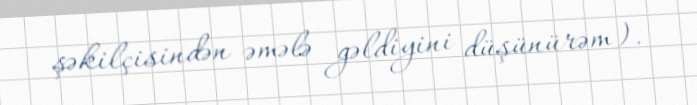
şəkilçisindən əmələ gəldiyini düşünürəm).